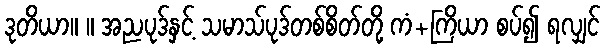
ဒုတိယာ။ ။ အညပုဒ်နှင့် သမာသ်ပုဒ်တစ်စိတ်တို့ ကံ+ကြိယာ စပ်၍ ရလျှင်